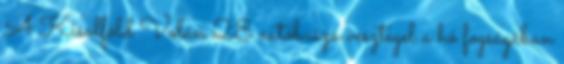
A Kisalföld Volán 28 autóbusza vesztegel a hó fogságában